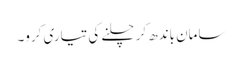
سامان باندھ کر چلنے کی تیاری کرو۔